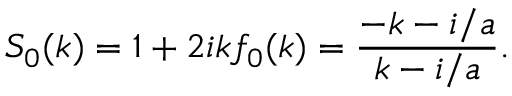
S _ { 0 } ( k ) = 1 + 2 i k f _ { 0 } ( k ) = \frac { - k - i / a } { k - i / a } .